Annual report of the Punjab Veterinary College and of the Civil Veterinary Department, Punjab - 1920-1925
Year: 1920
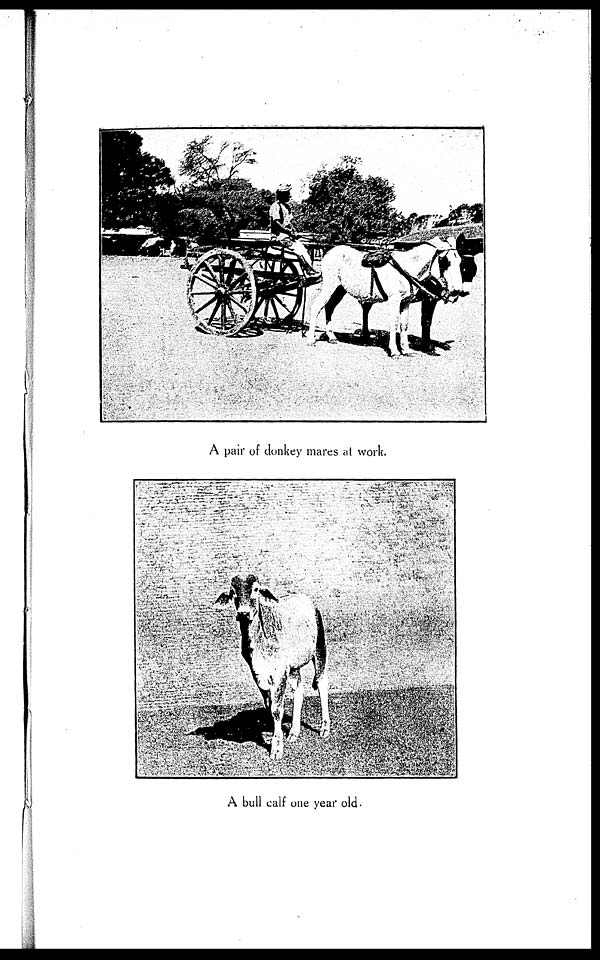
A pair of donkey mares at work.
A bull calf one year old.